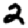
Digit: 2